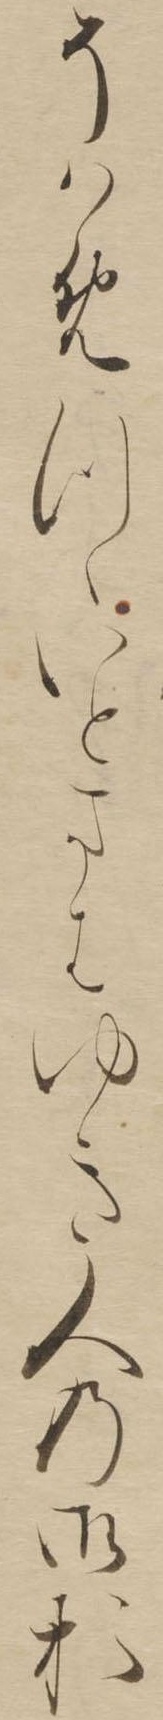
そはめつゝいとまはゆき人の御お